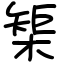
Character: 榘